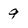
Character: 9